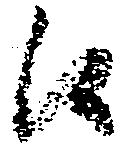
候